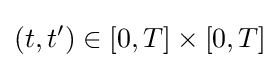
(t,t')\in [0,T]\times [0,T]